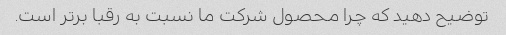
توضیح دهید که چرا محصول شرکت ما نسبت به رقبا برتر است.